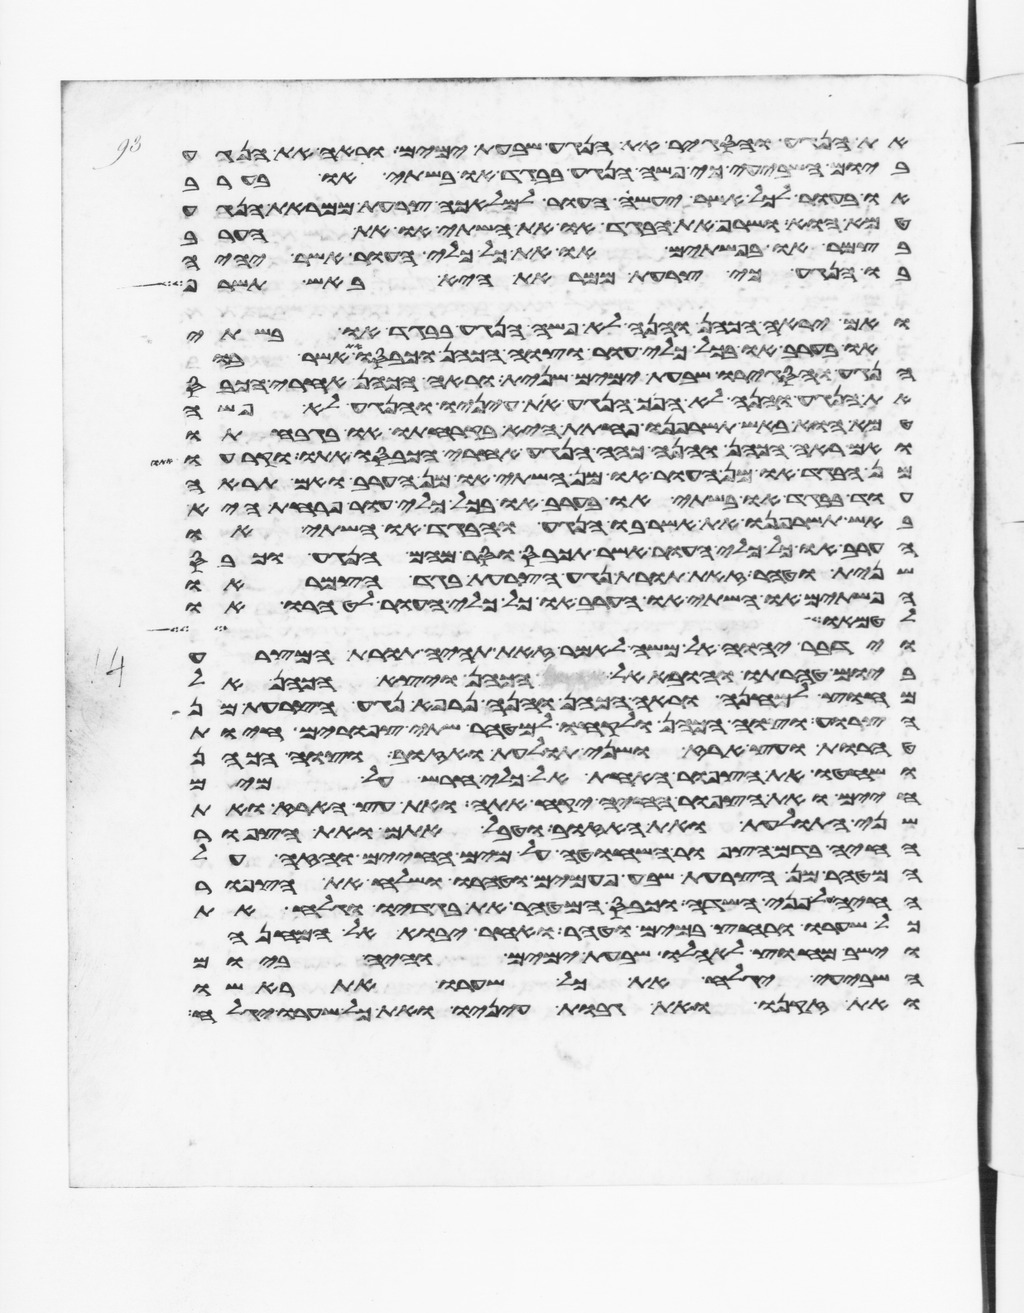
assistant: את הנגע והסגיר את הנגע שבעת ימים וראה את הנגע
ביום השביעי כי פשה הנגע בבגד או בשתי או בערב
או בעור לכל אשר יעשה העור למלאכה צרעת ממראת הנגע
טמא הוא ושרף את הבגד או את השתי או את הערב
בצמר או בפשתים או את כל כלי העור אשר יהיה
בו הנגע כי צרעת ממראת היא באש תשרף
ואם יראה הכהן והנה לא פשה הנגע בבגד או בשתי
או בערב או בכל כלי עור וצוה הכהן וכבסו את אשר בו
הנגע והסגירו שבעת ימים שנית וראה הכהן אחרי הכבס
את הנגע והנה לא הפך הנגע את עיניו והנגע לא פשה
טמא הוא באש תשרפנו פחתת היא בקרחתו או בגבחתו
ואם ראה הכהן והנה כהה הנגע אחרי הכבסו אתו וקרעו
מן הבגד או מן העור או מן השתי או מן הערב ואם תראה
עוד בבגד או בשתי או בערב או בכל כלי עור פרחת היא
באש תשרפנו את אשר בו הנגע והבגד או השתי או
הערב או כל כלי העור אשר תכבס וסר מהם הנגע וכבס
שנית וטהר זאת תורת נגע הצרעת בגד הצמר או
הפשתים או השתי או הערב או כל כלי העור לטהרו או
לטמאו
וידבר יהוה אל משה לאמר זאת תהיה תורת המצרע
ביום טהרתו והובא אל הכהן ויצא הכהן אל
מחוץ למחנה וראה הכהן והנה נרפא נגע הצרעת מן
הצרוע וצוה הכהן ולקחו למטהר שתי צפורים חיות
טהרות ועץ ארז ושני תולעת ואזוב וצוה הכהן
ושחטו את הצפור האחת אל כלי חרש על מים
חיים ואת הצפור החיה יקח אתה ואת עץ הארז ואת
שני התולעת ואת האזוב וטבל אתם ואת הצפור
החיה בדם הצפור השחוטה על מים החיים והזה על
המטהר מן הצרעת שבע פעמים וטהרו ושלח את הצפור
החיה על פני השדה וכבס המטהר את בגדיו וגלח את
כל שערו ורחץ במים וטהר ואחר יבוא אל המחנה
וישב מחוץ לאהלו שבעת ימים והיה ביום
השביעי יגלח את כל שערו את ראשו
ואת זקנו ואת גבות עיניו ואת כל שערו יגלח